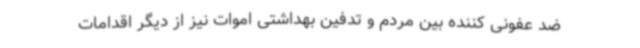
ضد عفونی کننده بین مردم و تدفین بهداشتی اموات نیز از دیگر اقدامات